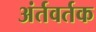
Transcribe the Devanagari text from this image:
अंर्तवर्तक